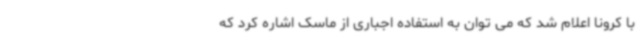
با کرونا اعلام شد که می توان به استفاده اجباری از ماسک اشاره کرد که